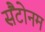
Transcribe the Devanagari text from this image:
सैंटोनम